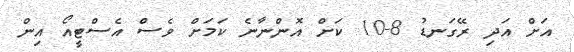
އަށް އަދި ރޭގަނޑު 8-10 ކަށް އޮންނާނެ ކަމަށް ވެސް އެސްޓީއޯ އިން